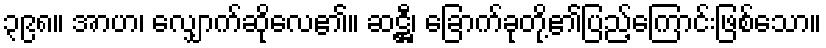
၃၉၈။ အာဟ၊ လျှောက်ဆိုလေ၏။ ဆဋ္ဌီ၊ ခြောက်ခုတို့၏ပြည့်ကြောင်းဖြစ်သော။